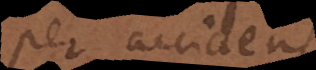
per accidens.